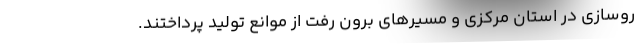
روسازی در استان مرکزی و مسیرهای برون رفت از موانع تولید پرداختند.